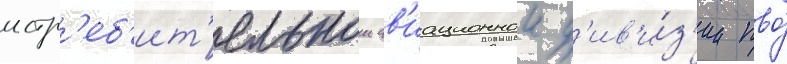
истр'еб'ит'ельнои ав'иационнои д'ив'и́з'ии пво́